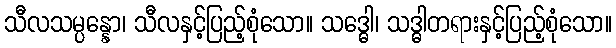
သီလသမ္ပန္နော၊ သီလနှင့်ပြည့်စုံသော။ သဒ္ဓေါ၊ သဒ္ဓါတရားနှင့်ပြည့်စုံသော။